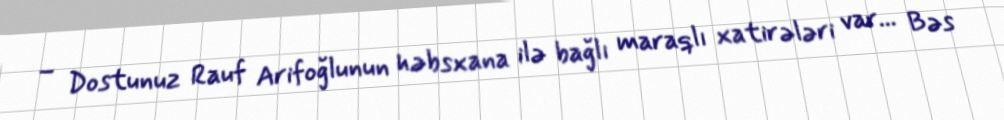
– Dostunuz Rauf Arifoğlunun həbsxana ilə bağlı maraqlı xatirələri var... Bəs